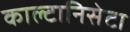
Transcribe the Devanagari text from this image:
काल्टानिसेटा